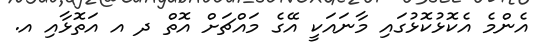
އެންމެ އެކޮޅުކޮޅުގައި މާނައަކީ އޭގެ މައްޗަށް އޮތް ދ އ އަތޮޅާއި އ.